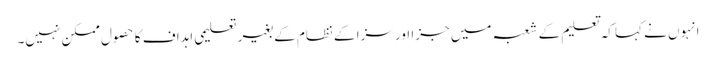
انہوں نے کہا کہ تعلیم کے شعبہ میں جزا اور سزا کے نظام کے بغیر تعلیمی اہداف کا حصول ممکن نہیں۔